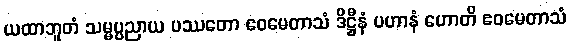
ယထာဘူတံ သမ္မပ္ပညာယ ပဿတော ဧဝမေတာသံ ဒိဋ္ဌီနံ ပဟာနံ ဟောတိ ဧဝမေတာသံ